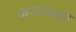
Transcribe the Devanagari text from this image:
कर्पागम्बल